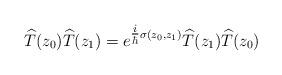
LaTeX: \begin{align*}\widehat{T}(z_{0}) \widehat{T}(z_{1}) = e^{\tfrac{i}{\hbar} \sigma(z_0,z_1)} \widehat{T}(z_{1}) \widehat{T}(z_{0})\end{align*}